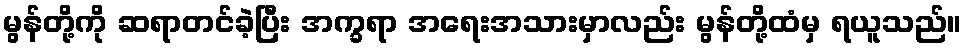
မွန်တို့ကို ဆရာတင်ခဲ့ပြီး အက္ခရာ အရေးအသားမှာလည်း မွန်တို့ထံမှ ရယူသည်။